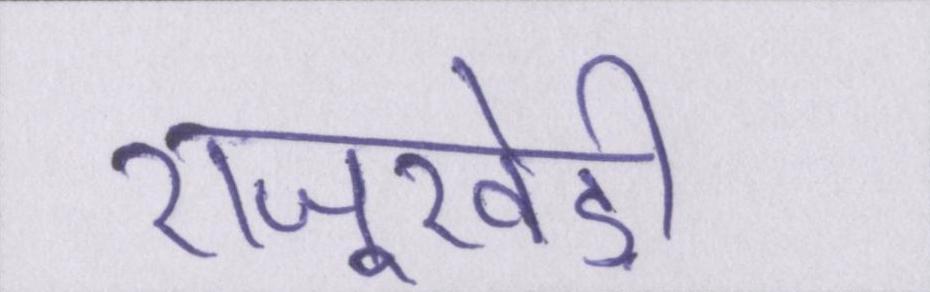
राजूखेड़ी